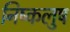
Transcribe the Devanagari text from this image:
निष्कलुष